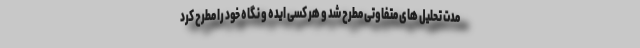
مدت تحلیل های متفاوتی مطرح شد و هر کسی ایده و نگاه خود را مطرح کرد